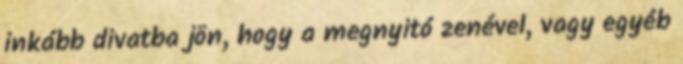
inkább divatba jön, hogy a megnyitó zenével, vagy egyéb